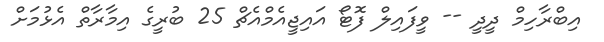
އިބްރާހިމް ދީދީ -- ވީފައިލް ފޮޓޯ އައިޖީއެމްއެޗް 25 ބުރީގެ އިމާރާތް އެޅުމަށް